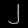
Digit: ၂